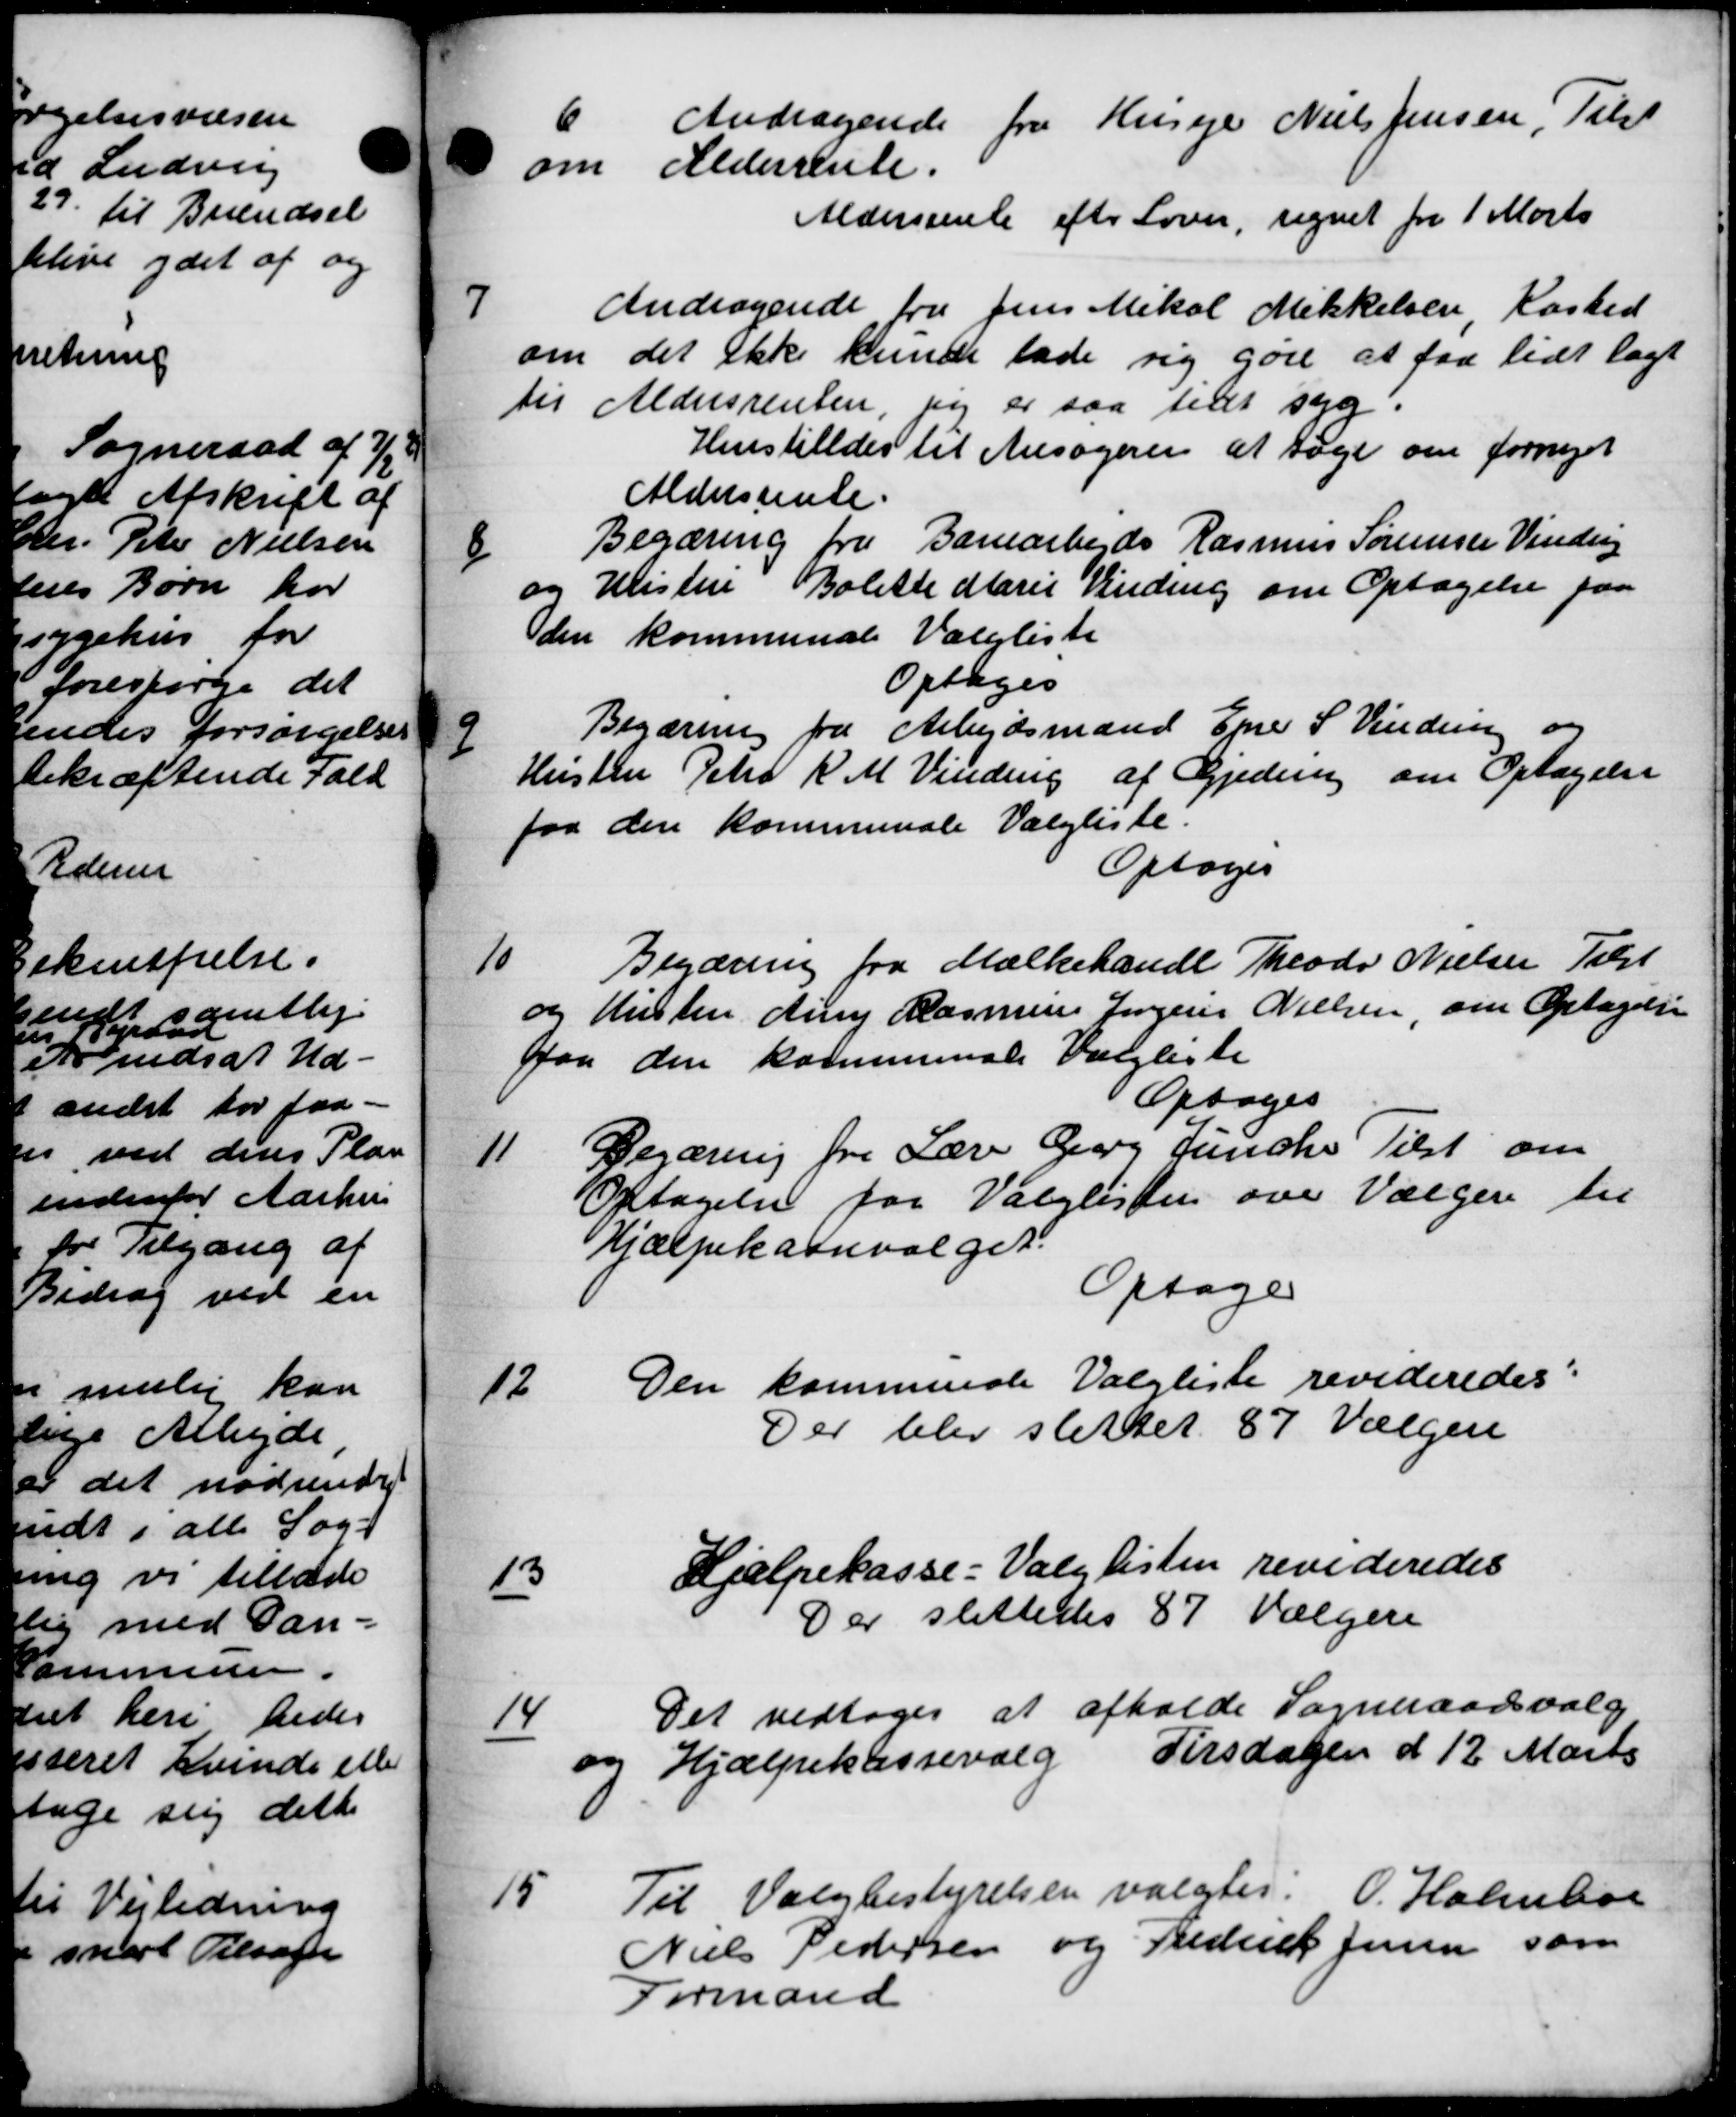
Transskription:
6
Andragende fra Huse Niels Jensen Peter
om Alderstute.
Aldersrente efter Loven, regnet fra 1 Marts
7
Andragende fra Jens Mikal Mikkelsen Kasted
om det ikke kunde lade sig gøre at faa lidt lagt
til Aldersrenten, jeg er saa tilt syg.
Henstilledes til Ansøgerer at tage om fornyet
Aldersrente.
8
Begæring fra Banearbejds Rasmus Sørensen Vinde
og Hustru Bolette Marie Vinding om Optagelse paa
den kommunale Valgliste
Optages
9
Begæring fra Arbejdsmand Ejner S. Vindue og
Hustru Peter K. M. Vinding af Gjedning om Optagelse
faa den kommunale Valgliste:
Optoges

Begæring fra Mælkehandl Theodo Nielsen Tilst
og Histen Anny Rasmus Jørgens Nielsen, om Optagelse
paa den kommunale Valgliste
Optages

Begæring fra Lærer Georg Juncke Tilst om
Optagelse for Valglisten over Vælgere til
Hjælpekassevalget.
Optage

Den kommende Valgliste revideredes:
Der blev slettet 87 Vælgere

Hjælpekasse - Valglisten revideredes
Der slettedes 87 Vælgere

Det vedtoges at afholde Sogneraadsvalg
og Hjælpekassevalg Tirsdagen d 12 Marts

Til Valgbestyrelsen valgtes. O. Holmboe
Niels Pedersen og Frederik Jensen som
Formand